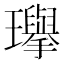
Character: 𪼰